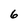
Character: 6